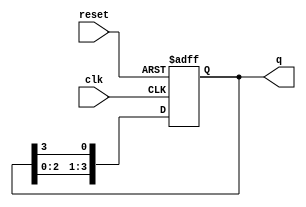
module ring_counter (
    input wire clk,        // Clock input
    input wire reset,      // Asynchronous reset input
    output reg [3:0] q     // 4-bit output
);

// Initial state
initial begin
    q = 4'b0001; // Initialize to 0001
end

// Always block triggered on the rising edge of the clock or the reset signal
always @(posedge clk or posedge reset) begin
    if (reset) begin
        q <= 4'b0001; // Reset to initial state
    end else begin
        // Shift the '1' to the next flip-flop
        q <= {q[2:0], q[3]}; // Shift left and wrap around
    end
end

endmodule